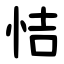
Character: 恄